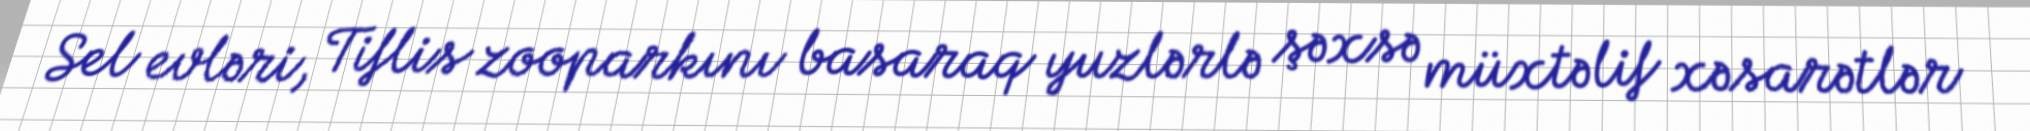
Sel evləri, Tiflis zooparkını basaraq yuzlərlə şəxsə müxtəlif xəsarətlər